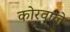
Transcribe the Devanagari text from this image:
कोरवाले